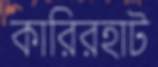
কারিরহাট